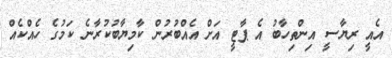
އެއީ ރިޔާސީ އިންތިހާބު އެ ޕާޓީ އަށް އެއްބުރުން ކާމިޔާބުކުރާނެ ކަމުގެ ހެއްކެއް